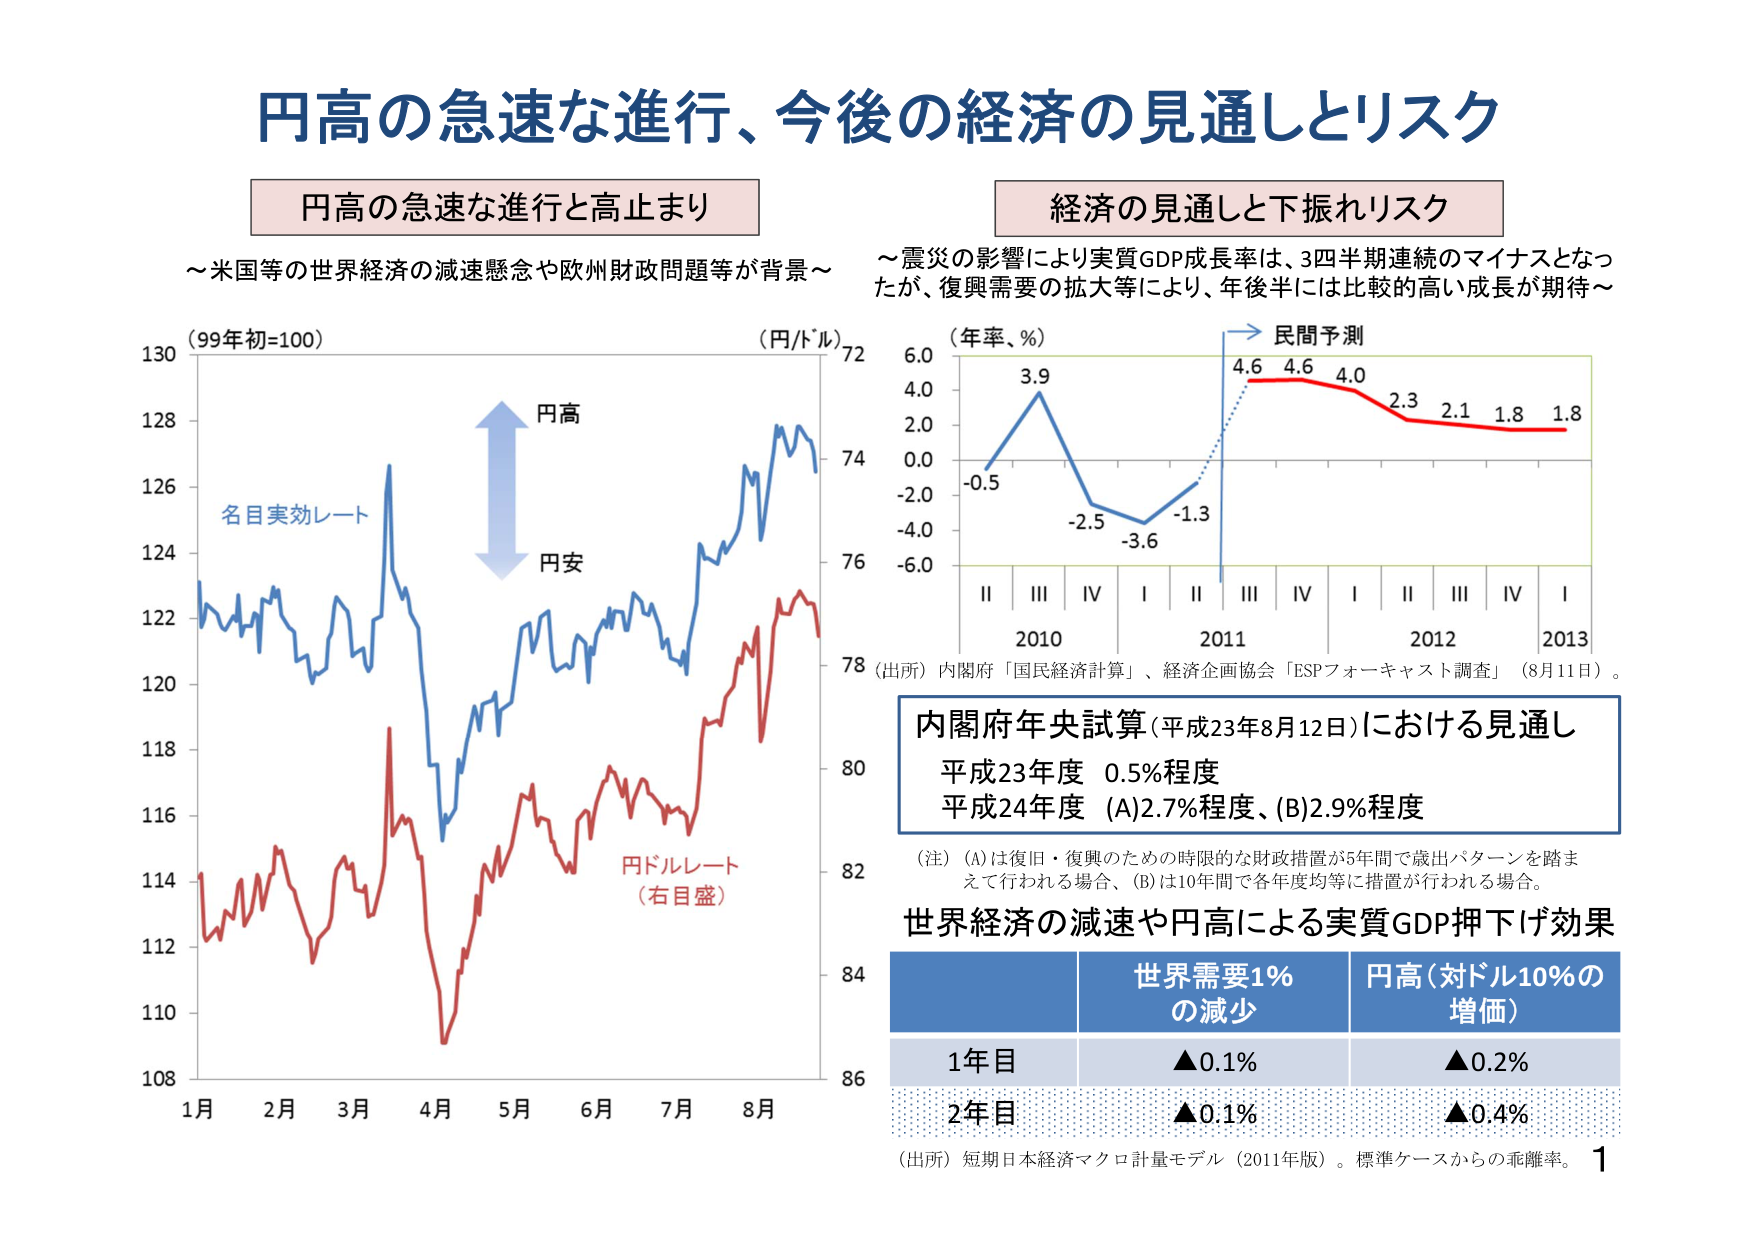
円高の急速な進行、今後の経済の見通しとリスク

円高の急速な進行と高止まり
～米国等の世界経済の減速懸念や欧州財政問題等が背景～

（99年初=100）
名目実効レート
円高
円安
円ドルレート
（右目盛）
（円/ドル）
1月 2月 3月 4月 5月 6月 7月 8月
108
110
112
114
116
118
120
122
124
126
128
130
72
74
76
78
80
82
84
86

経済の見通しと下振れリスク
～震災の影響により実質GDP成長率は、3四半期連続のマイナスとなったが、復興需要の拡大等により、年後半には比較的高い成長が期待～

（年率、％）
-0.5
3.9
-2.5
-3.6
-1.3
4.6
4.6
4.0
2.3
2.1
1.8
1.8
Ⅱ Ⅲ Ⅳ Ⅰ Ⅱ Ⅲ Ⅳ Ⅰ Ⅱ Ⅲ Ⅳ Ⅰ
2010 2011 2012 2013
民間予測

（出所）内閣府「国民経済計算」、経済企画協会「ESPフォーキャスト調査」（8月11日）。

内閣府年央試算（平成23年8月12日）における見通し
平成23年度 0.5％程度
平成24年度 (A)2.7％程度、(B)2.9％程度

（注）(A)は復旧・復興のための時限的な財政措置が5年間で歳出パターンを踏まえて行われる場合、(B)は10年間で各年度均等に措置が行われる場合。

世界経済の減速や円高による実質GDP押下げ効果
世界需要1％の減少 円高（対ドル10％の増価）
1年目 ▲0.1％ ▲0.2％
2年目 ▲0.1％ ▲0.4％

（出所）短期日本経済マクロ計量モデル（2011年版）。標準ケースからの乖離率。 1